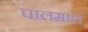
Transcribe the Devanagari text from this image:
पालमाल